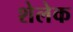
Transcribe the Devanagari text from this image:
शेलेक